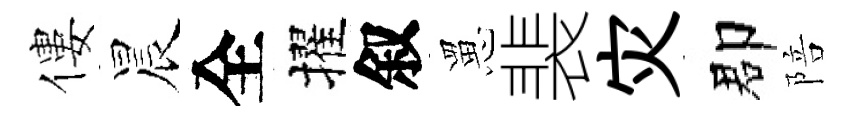
僂晨全擢叙罳裴灾郡陪